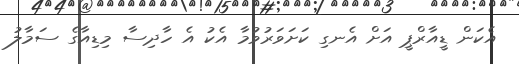
އެކަން ޑީއާރްޕީ އަށް އެނގި ކަށަވަރުވުމާ އެކު އެ ހާދިސާ މިޑިއާގެ ސަމާލު